Serum-therapy of plague in India - Number 20
Disease focus: Plague
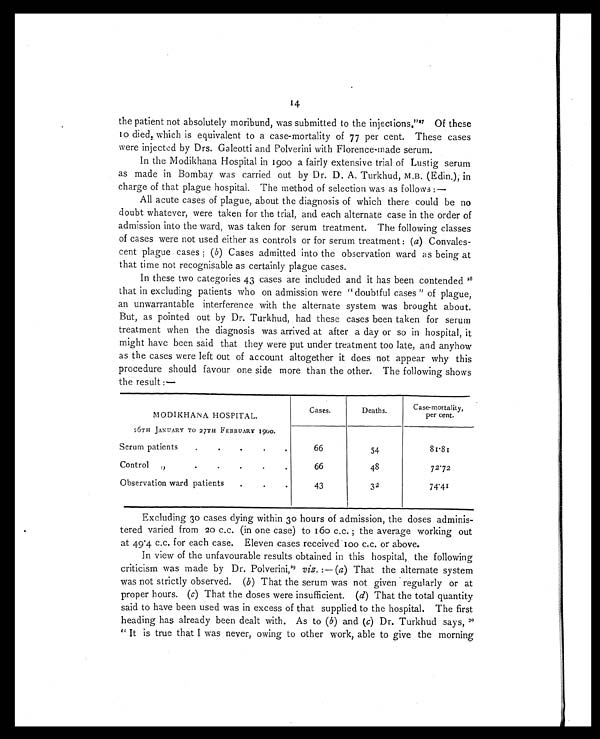
14
the patient not absolutely moribund, was submitted to the injections."2 7
O f t h e s e
10 died, which is equivalent to a case-mortality of 77 per cent. These cases
were injected by Drs. Galeotti and Polverini with Florence-made serum.
In the Modikhana Hospital in 1900 a fairly extensive trial of Lustig serum
as made in Bombay was carried out by Dr. D. A. Turkhud, M.B. (Edin.), in
charge of that plague hospital. The method of selection was as follows :—
All acute cases of plague, about the diagnosis of which there could be no
doubt whatever, were taken for the trial, and each alternate case in the order of
admission into the ward, was taken for serum treatment. The following classes
of cases were not used either as controls or for serum treatment: ( a ) Convales-
cent plague cases; (b ) C a s e s a d m i t t e d i n t o t h e o b s e r v a t i o n w a r d a s b e i n g a t
that time not recognisable as certainly plague cases.
In these two categories 43 cases are included and it has been contended 2 8
that in excluding patients who on admission were "doubtful cases" of plague,
an unwarrantable interference with the alternate system was brought about.
But, as pointed out by Dr. Turkhud, had these cases been taken for serum
treatment when the diagnosis was arrived at after a day or so in hospital, it
might have been said that they were put under treatment too late, and anyhow
as the cases were left out of account altogether it does not appear why this
procedure should favour one side more than the other. The following shows
the result :—
MODIKHANA HOSPITAL.
Cases.
Deaths.
Case-mortality,
per cent.
26TH JANUARY TO 27TH FEBBUARY 1900.
Serum patients..
.
.
66
54
81.81
Control
„.
.
.
66
48
7 2 . 7 2
Observation ward patients.
. .
43
32
74.41
Excluding 30 cases dying within 30 hours of admission, the doses adminis-
tered varied from 20 c.c. (in one case) to 160 c.c. ; the average working out
at 49.4 c.c. for each case. Eleven cases received 100 c.c. or above.
In view of the unfavourable results obtained in this hospital, the following
criticism was made by Dr. Polverini,29
viz . :— (a ) That the alternate system
was not strictly observed. ( b ) That the serum was not given regularly or at
proper hours. ( c) That the doses were insufficient. ( d) That the total quantity
said to have been used was in excess of that supplied to the hospital. The first
heading has already been dealt with. As to ( b ) and ( c) Dr. Turkhud says, 30
" It is true that I was never, owing to other work, able to give the morning